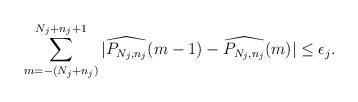
LaTeX: \begin{align*} \sum_{m=-(N_j+n_j)}^{N_j+n_j+1}|\widehat{P_{N_j,n_j}}(m-1)-\widehat{P_{N_j,n_j}}(m)|\leq\epsilon_j.\end{align*}